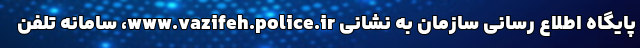
پایگاه اطلاع رسانی سازمان به نشانی www.vazifeh.police.ir، سامانه تلفن